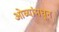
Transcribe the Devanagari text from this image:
ओव्यांमधून